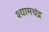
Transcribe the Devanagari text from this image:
श्यामचंद्र